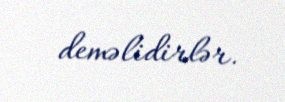
deməlidirlər.